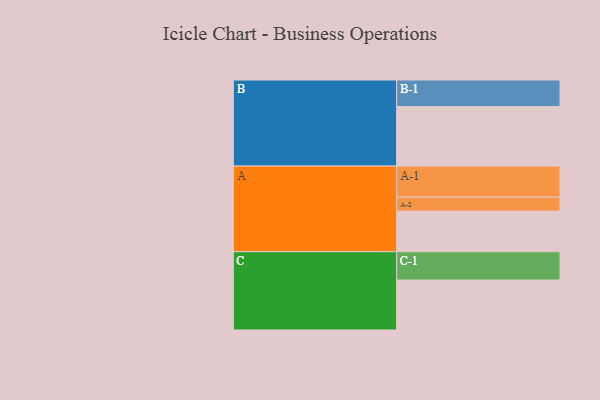
{"axis": {"x": "Segment", "y": "Value"}, "legend": ["", "A", "B", "C"], "data": [{"x": "A", "y": 384, "type": ""}, {"x": "B", "y": 564, "type": ""}, {"x": "C", "y": 473, "type": ""}, {"x": "A-1", "y": 294, "type": "A"}, {"x": "A-2", "y": 132, "type": "A"}, {"x": "B-1", "y": 251, "type": "B"}, {"x": "C-1", "y": 268, "type": "C"}]}